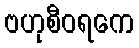
ဗဟုစီဝရကေ